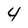
Character: 4